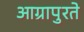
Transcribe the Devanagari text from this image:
आग्रापुरते